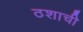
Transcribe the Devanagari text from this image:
ठशाची